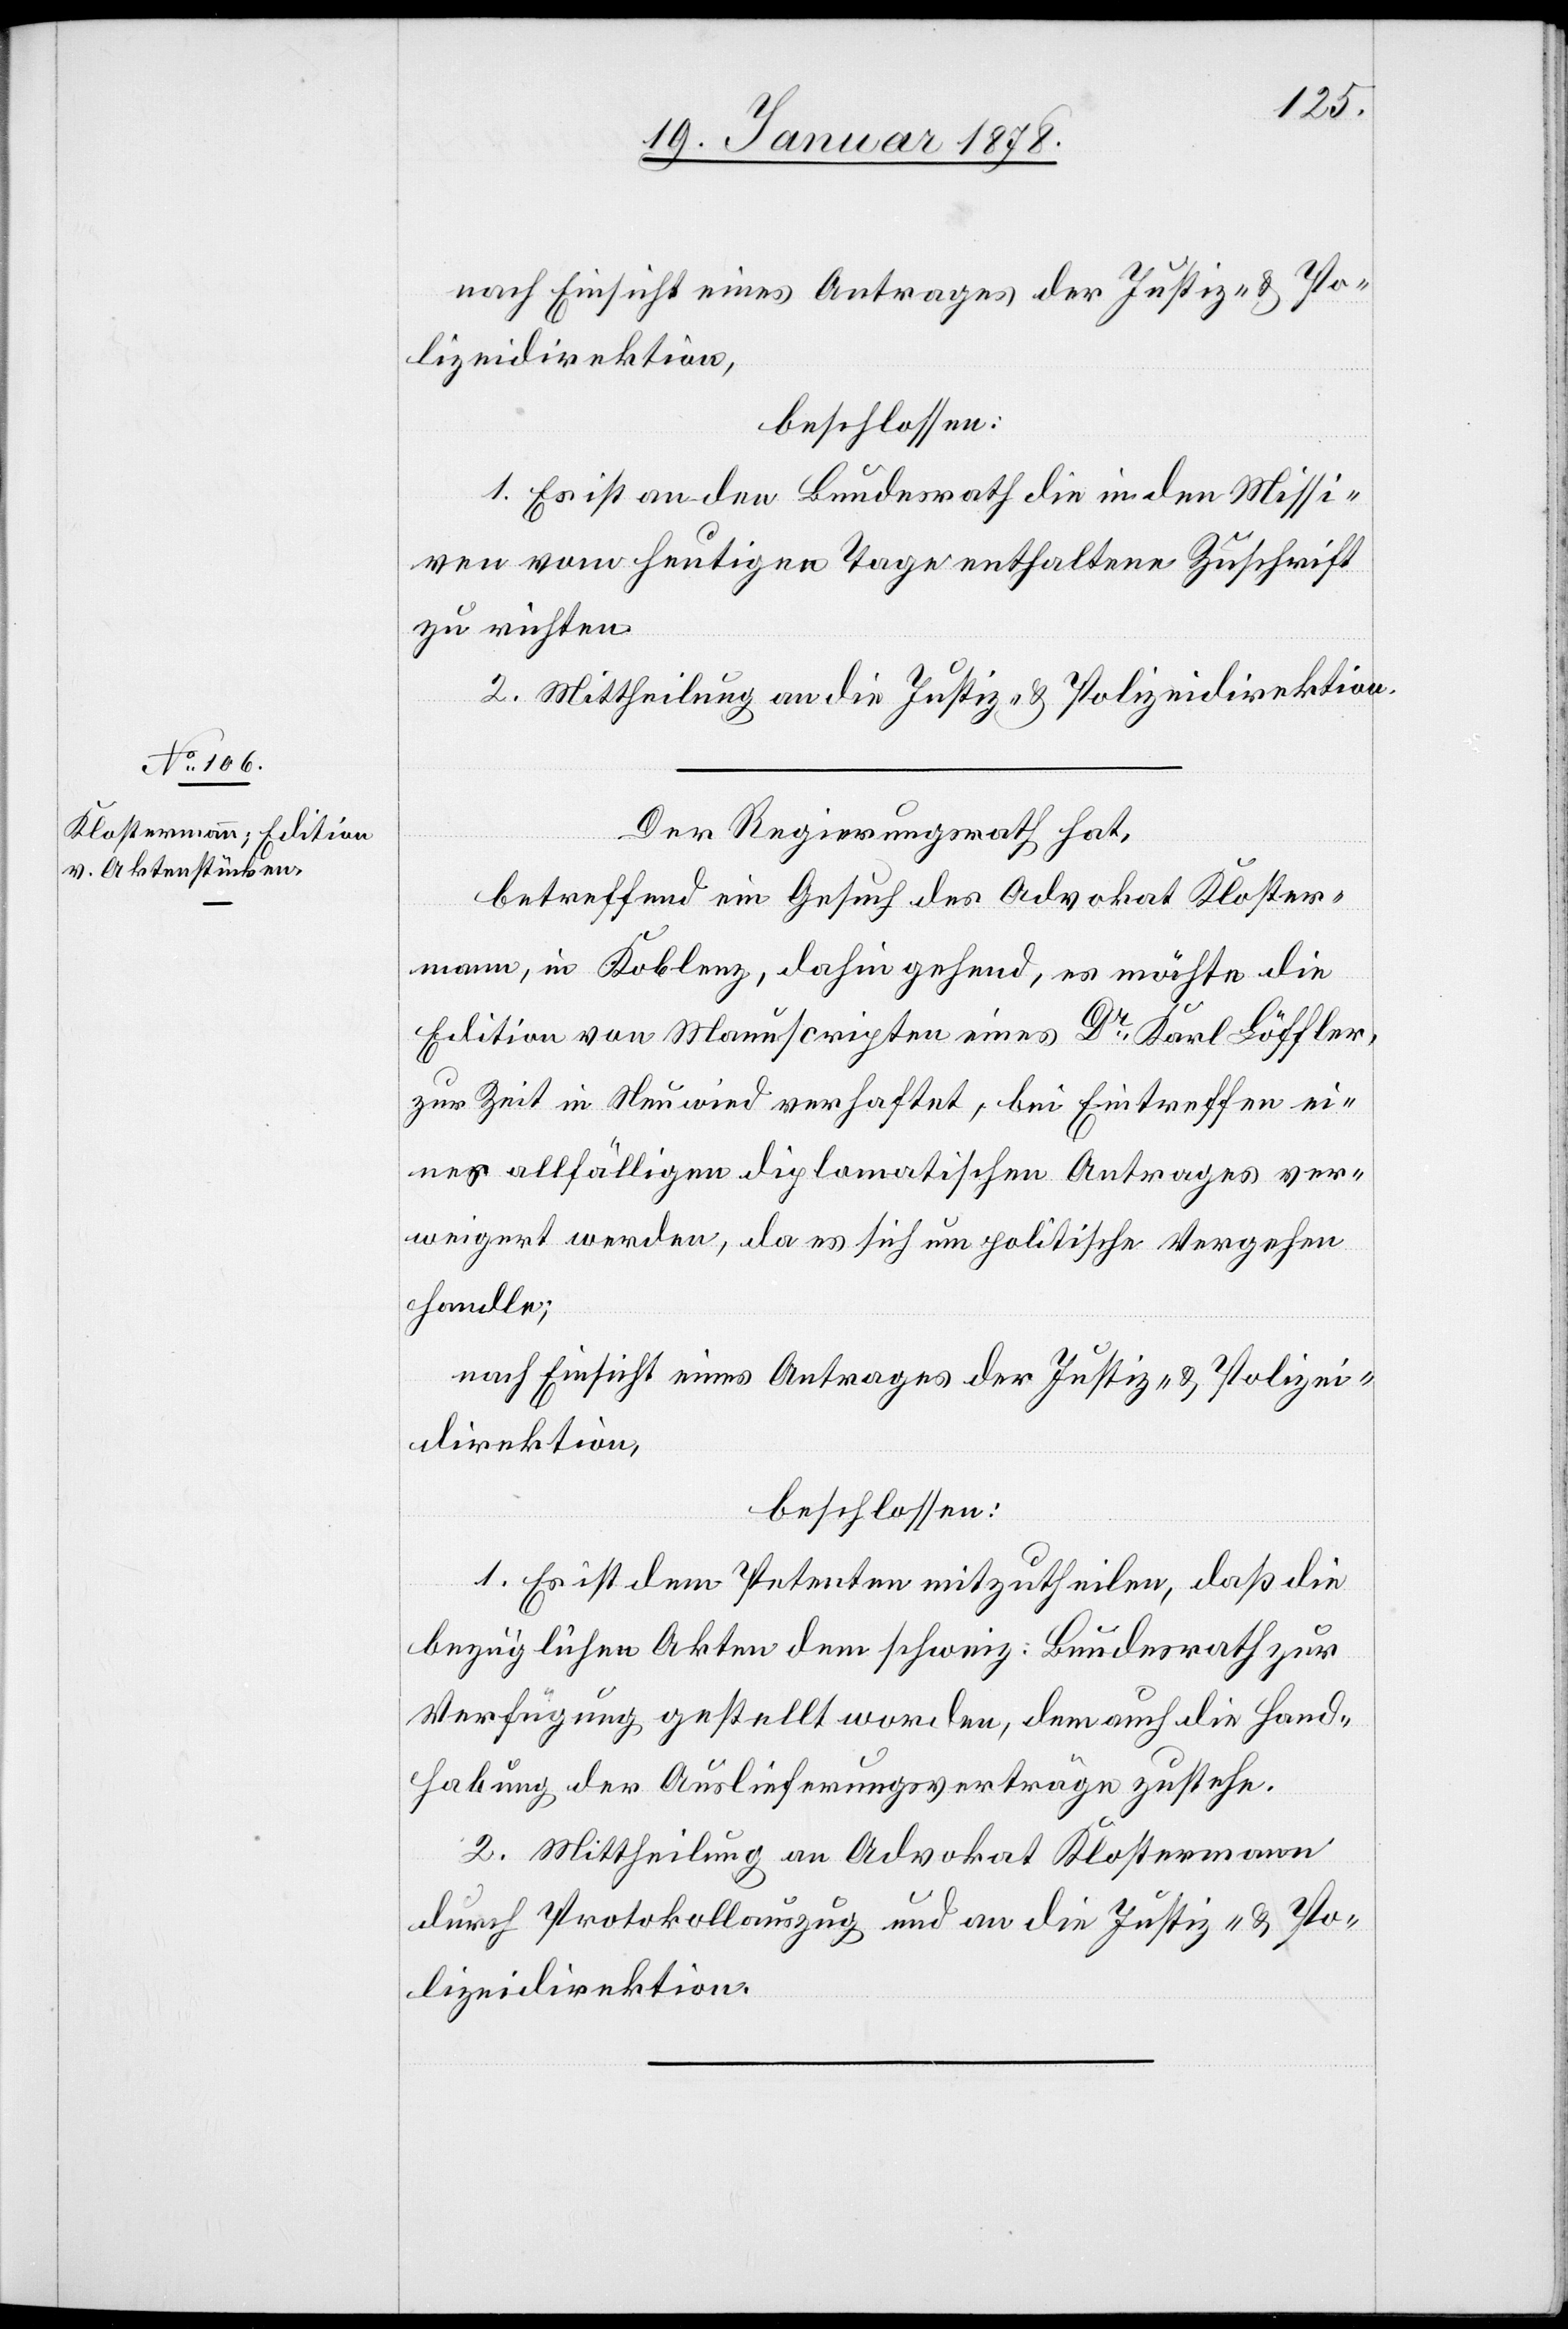
1. Es ist an den Bundesrath die in den Missi¬
ven vom heutigen Tage enthaltene Zuschrift
zu richten.
2. Mittheilung an die Justiz- & Polizeidirektion.
Der Regierungsrath hat,
betreffend ein Gesuch des Advokat Kloster¬
mann, in Koblenz, dahingehend, es möchte die
Edition von Manuscripten eines Dr Karl Löffler,
zur Zeit in Neuwied verhaftet, bei Eintreffen ei¬
nes allfälligen diplomatischen Antrages ver¬
weigert werden, da es sich um politische Vergehen
handle;
nach Einsicht eines Antrages der Justiz- & Polizei¬
direktion,
beschlossen:
1. Es ist dem Petenten mitzutheilen, daß die
bezüglichen Akten dem schweiz: Bundesrath zur
Verfügung gestellt worden, demnach die Hand¬
habung der Auslieferungsverträge zustehe.
2. Mittheilung an Advokat Klostermann
durch Protokollauszug und an die Justiz- & Po¬
lizeidirektion.